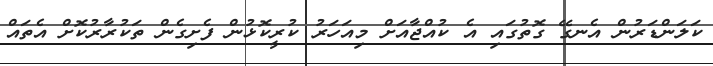
ކަލަންޑަރުން އެނގޭ ގޮތުގައި އެ ކުއްޖާއަށް މިއަހަރު ކުރީކޮޅުން ފެށިގެން ތަކުރާރުކޮށް އެތައް